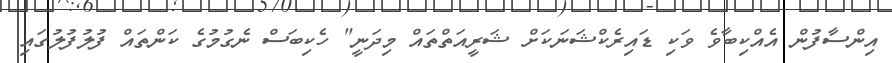
އިންސާފުން އެއްކިބާވެ ވަކި ޑައިރެކްޝަނަކަށް ޝަރީއަތްތައް މިދަނީ" ހެކިބަސް ނެގުމުގެ ކަންތައް ފުލުފުލުގައި